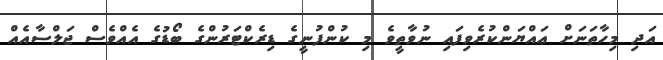
އަދި މިހާތަނަށް ޢައްޔަންކުރެވިފައި ނުވާތީވެ މި ކުންފުނީގެ ޑިރެކްޓަރުންގެ ބޯޑުގެ އެއްވެސް ޖަލްސާއެއް